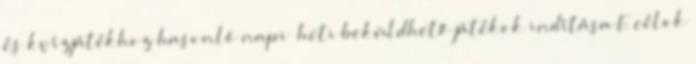
és kvízjátékhoz hasonló napi heti beküldhető játékok indítása E célok